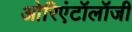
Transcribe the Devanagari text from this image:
ओरिएंटॉलॉजी